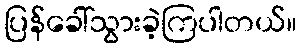
ပြန်ခေါ်သွားခဲ့ကြပါတယ်။